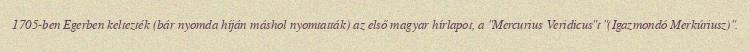
1705-ben Egerben keltezték (bár nyomda híján máshol nyomtatták) az első magyar hírlapot, a "Mercurius Veridicus"t "(Igazmondó Merkúriusz)".